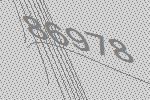
86978